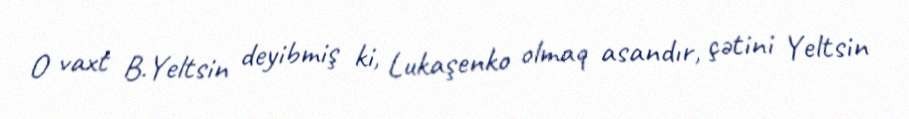
O vaxt B.Yeltsin deyibmiş ki, Lukaşenko olmaq asandır, çətini Yeltsin